Lunatic asylums Central Provinces reports 1874-1885 - 1874-1885
Year: 1874
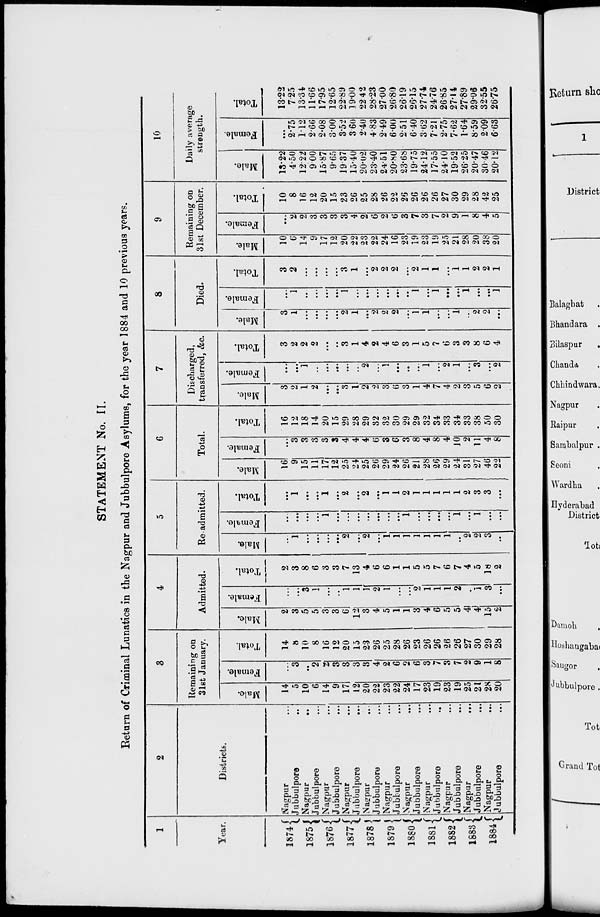
STATEMENT No. II.
Return of Criminal Lunatics in the Nagpur and Jubbulpore Asylums, for the year 1884 and 10 previous years.
1
Year.
1874
1875
1876
1877
1878
1879
1880
1881
1882
1883
1884
2
Districts.
Nagpur ...
Jubbulpore ...
Nagpur
...
Jubbulpore ...
Nagpur ...
Jubbulpore ...
Nagpur ...
Jubbulpore ...
Nagpur ...
Jubbulpore ...
Nagpur ...
Jubbulpore ...
Nagpur ...
Jubbulpore ...
Nagpur ...
Jubbulpore ...
Nagpur ...
Jubbulpore ...
Nagpur ...
Jubbulpore ...
Nagpur ...
Jubbulpore ...
3
Remaining on
31st January.
Male.
14
5
10
6
14
9
17
12
20
22
23
22
24
17
23
19
23
19
25
21
28
20
Female.
...
3
...
2
2
3
3
3
3
4
2
6
2
6
3
7
3
7
2
9
1
8
Total.
14
8
10
8
16
12
20
15
23
26
25
28
26
23
26
26
26
26
27
30
29
28
4
Admitted.
Male.
2
3
5
5
3
3
6
12
3
4
5
1
1
3
4
6
5
5
4
4
15
2
Female.
...
...
3
1
...
..
1
1
1
2
1
...
...
2
1
1
1
2
...
1
3
...
Total.
2
3
8
6
3
3
7
13
4
6
6
1
1
5
5
7
6
7
4
5
18
2
5
Re-admitted.
Male.
...
1
...
...
...
...
2
...
2
...
1
1
1
1
1
1
1
...
2
2
3
...
Female.
...
...
...
...
1
...
...
...
...
...
...
...
1
...
...
...
...
1
...
1
...
...
Total.
...
1
...
...
1
...
2
...
2
...
1
1
2
1
1
1
1
1
2
3
3
...
6
Total.
Male.
16
9
15
11
17
12
25
24
25
26
29
24
26
21
28
26
29
24
31
27
46
22
Female.
...
3
3
3
3
3
4
4
4
6
3
6
3
8
4
8
4
10
2
11
4
8
Total.
16
12
18
14
20
15
29
28
29
32
32
30
29
29
32
34
33
34
33
38
50
30
7
Discharged,
transferred, &c.
Male.
3
2
1
2
...
...
3
1
2
2
3
6
3
1
4
7
4
2
3
5
6
2
Female.
...
...
1
...
...
...
...
...
2
...
1
...
..
...
1
...
2
1
...
3
...
2
Total.
3
2
2
2
...
...
3
1
4
2
4
6
3
1
5
7
6
3
3
8
6
4
8
Died.
Male.
3
1
...
...
...
...
2
1
...
2
2
2
...
1
1
...
...
1
...
2
2
...
Female.
...
1
...
...
...
...
1
...
...
...
...
...
...
1
...
1
...
...
1
...
...
1
Total.
3
2
...
...
....
...
3
1
...
2
2
2
...
2
1
1
...
1
1
2
2
1
9
Remaining on
31st December.
Male.
10
6
14
9
17
12
20
22
23
22
24
16
23
19
23
19
25
21
28
20
38
20
Female.
...
2
2
3
3
3
3
4
2
6
2
6
3
7
3
7
2
9
1
8
4
5
Total.
10
8
16
12
20
15
23
26
25
28
26
22
26
26
26
26
27
30
29
28
42
25
10
Daily average
strength.
Male.
13.22
4.50
12.22
9.00
15.87
9.65
19.37
15.40
20.02
23.40
24.51
20.80
23.68
19.75
24.12
17.55
24.10
19.52
26.25
20.47
30.46
20.12
Female.
...
2.75
1.12
2.66
2.08
3.00
3.52
3.60
2.40
4.83
2.49
6.00
2.51
6.40
3.62
7.21
2.75
7.62
1.64
8.59
2.09
6.63
Total.
13.22
7.25
13.34
11.66
17.95
12.65
22.89
19.00
22.42
28.23
27.00
26.80
26.19
26.15
27.74
24.76
26.85
27.14
27.89
29.06
32.55
26.75